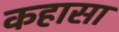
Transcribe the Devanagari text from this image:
कहासा